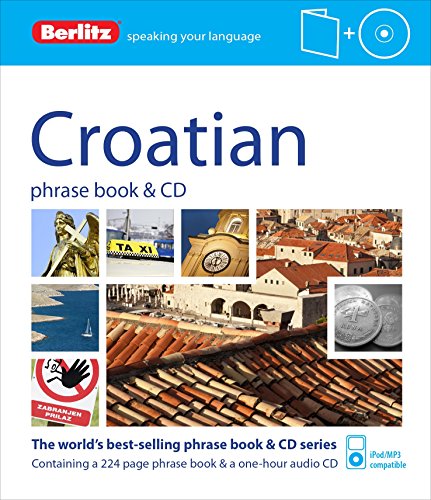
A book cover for Berlitz Croatian Phrase Book & CD; Berlitz Publishing; Travel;